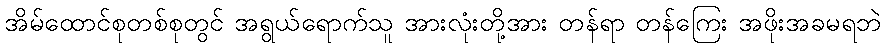
အိမ်ထောင်စုတစ်စုတွင် အရွယ်ရောက်သူ အားလုံးတို့အား တန်ရာ တန်ကြေး အဖိုးအခမရဘဲ